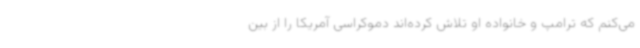
می‌کنم که ترامپ و خانواده او تلاش کرده‌اند دموکراسی آمریکا را از بین